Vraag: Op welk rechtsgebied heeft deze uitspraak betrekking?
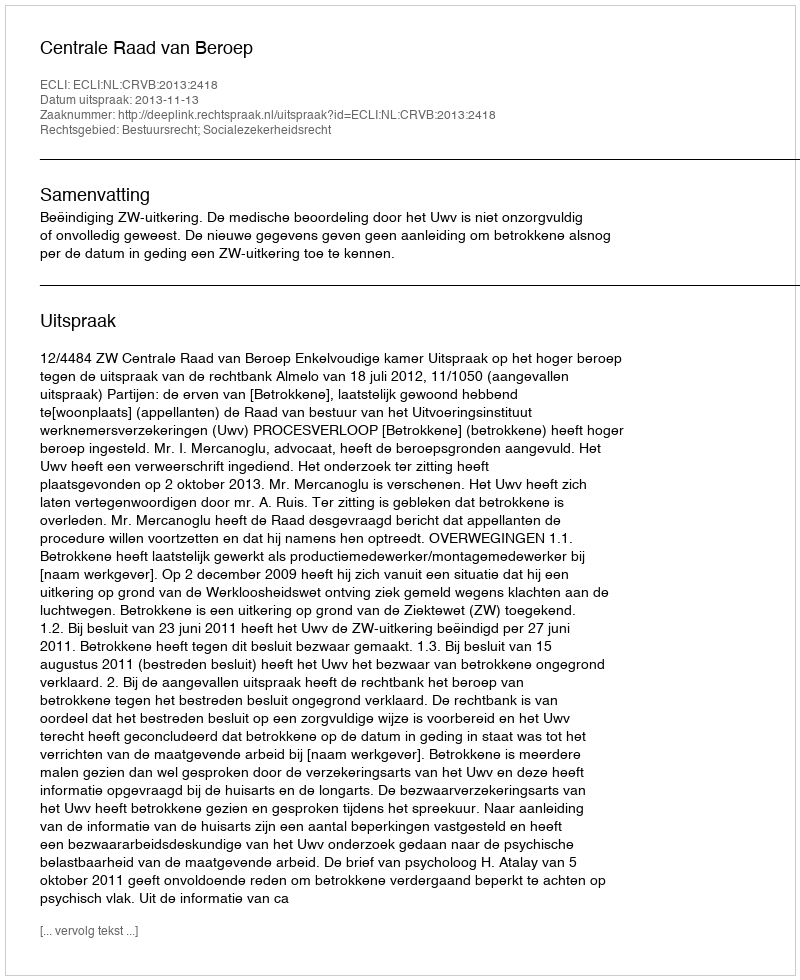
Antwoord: Bestuursrecht; Socialezekerheidsrecht